Report of the Indian Hemp Drugs Commission, 1894-1895 - Volume VII
Year: 1894
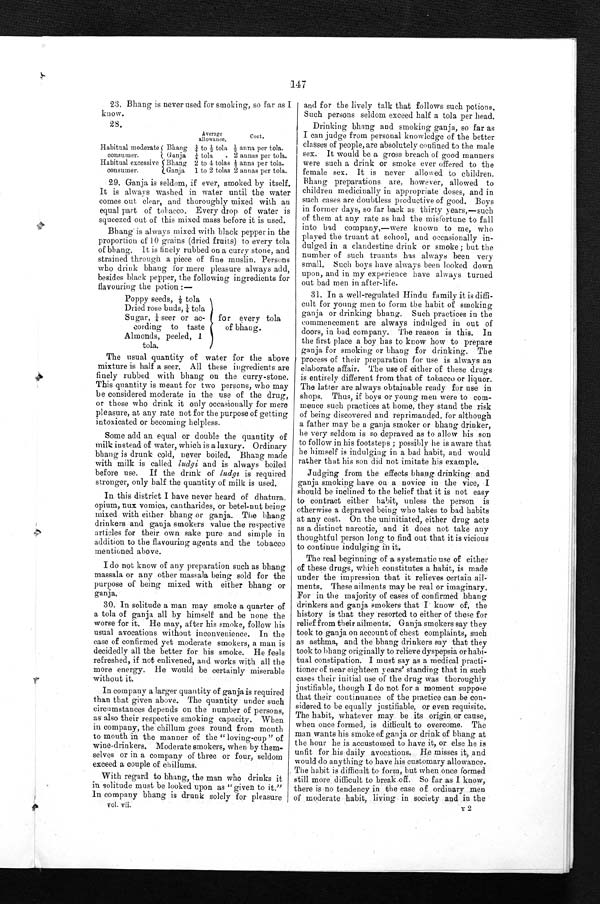
147
23. Bhang is never used for smoking, so far as I
know.
28.
Habitual moderate
consumer.
Bhang
Average
allowance.
¼ to ½ tola
Cost.
½ anna per tola..
Ganja ¼ tola. 2 annas per tola.
Habitual excessive
consumer.
Bhang 2 to 4 tolas ½ anna per tola.
Ganja 1 to 2 tolas 2 annas per tola.
29. Ganja is seldom, if ever, smoked by itself.
It is always washed in water until the water
comes out clear, and thoroughly mixed with an
equal part of tobacco. Every drop of water is
squeezed out of this mixed mass before it is used.
Bhang is always mixed with black pepper in the
proportion of 10 grains (dried fruits) to every tola
of bhang. It is finely rubbed on a curry stone, and
strained through a piece of fine muslin. Persons
who drink bhang for mere pleasure always add,
besides black pepper, the following ingredients for
flavouring the potion :—
Poppy seeds, ½t ol a
Dried rose buds, ¼t o
l a S u g a r , ¼ s e e r o r a c -
cording to taste
Almonds, peeled, I
tola.
for every to
la of bhang.
The usual quantity of water for the above
mixture is half a seer. All these ingredients are
finely rubbed with bhang on the curry-stone.
This quantity is meant for two persons, who may
be considered moderate in the use of the drug,
or those who drink it only occasionally for mere
pleasure, at any rate not for the purpose of getting
intoxicated or becoming helpless.
Some add an equal or double the quantity of
milk instead of water, which is a luxury. Ordinary
bhang is drunk cold, never boiled. Bhang made
with milk is called ludgi and is always boiled
before use. If the drink of ludgi is required
stronger, only half the quantity of milk is used.
In this district I have never heard of dhatura,
opium, nux vomica, cantharides, or betel-nut being
mixed with either bhang or ganja. The bhang
drinkers and ganja smokers value the respective
articles for their own sake pure and simple in
addition to the flavou
r i n g a g e n t s a n d t h e t o b a c c o m e n t i o n e d a b o v e .
I do not know of any preparation such as bhang
massala or any other massala being sold for the
purpose of being mixed with either bhang or
ganja.
30. In solitude a man may smoke a quarter of
a tola of ganja all by himself and be none the
worse for it. He may, after his smoke, follow his
usual avocations without inconvenience. In the
case of confirmed yet moderate smokers, a man is
decidedly all the better for his smoke. He feels
refreshed, if not enlivened, and works with all the
more energy. He would be certainly miserable
without it.
In company a larger quantity of ganja is required
than that given above. The quantity under such
circumstances depends on the number of persons,
as also their respective smoking capacity. When
in company, the chillum goes round from mouth
to mouth in the manner of the " loving-cup " of
wine drinkers. Moderate smokers, when by them-
selves or in a company of three or four, seldom
exceed a couple of chillums.
With regard to bhang, the man who drinks it
in solitude must be looked upon as "given to it."
In company bhang is drunk solely for pleasure
vol. vii.
and for the lively talk that follows such potions.
Such persons seldom exceed half a tola per head.
Drinking bhang and smoking ganja, so far as
I can judge from personal knowledge of the better
classes of people, are absolutely confined to the male
sex. It would be a gross breach of good manners
were such a drink or smoke ever offered to the
female sex. It is never allowed to children.
Bhang preparations are, however, allowed to
children medicinally in appropriate doses, and in
such cases are doubtless productive of good. Boys
in former days, so far back as thirty years,—such
of them at any rate as had the misfortune to fall
into bad company,—were known to me, who
played the truant at school, and occasionally in-
dulged in a clandestine drink or smoke ; but the
number of such truants has always been very
small. Such boys have always been looked down
upon, and in my experience have always turned
out bad men in after-life.
31. In a well-regulated Hindu family it is diffi-
cult for young men to form the habit of smoking
ganja or drinking bhang. Such practices in the
commencement are always indulged in out of
doors, in bad company. The reason is this. In
the first place a boy has to know how to prepare
ganja for smoking or bhang for drinking. The
process of their preparation for use is always an
elaborate affair. The use of either of these drugs
is entirely different from that of tobacco or liquor.
The latter are always obtainable ready for use in
shops. Thus, if boys or young men were to com-
mence such practices at home, they stand the risk
of being discovered and reprimanded, for although
a father may be a ganja smoker or bhang drinker,
he very seldom is so depraved as to allow his son
to follow in his footsteps ; possibly he is aware that
he himself is indulging in a bad habit, and would
rather that his son did not imitate his example.
Judging from the effects bhang drinking and
ganja smoking have on a novice in the vice, I
should be inclined to the belief that it is not easy
to contract either habit, unless the person is
otherwise a depraved being who takes to bad habits
at any cost. On the uninitiated, either drug acts
as a distinct narcotic, and it does not take any
thoughtful person long to find out that it is vicious to continue indulging in it.
The real beginning of a systematic use of either
of these drugs, which constitutes a habit, is made
under the impression that it relieves certain ail-
ments. These ailments may be real or imaginary.
For in the majority of cases of confirmed bhang
drinkers and ganja smokers that I know of, the
history is that they resorted to either of these for
relief from their ailments. Ganja smokers say they
took to ganja on account of chest complaints, such
as asthma, and the bhang drinkers say that they
took to bhang originally to relieve dyspepsia or habi-
tual constipation. I must say as a medical practi-
tioner of near eighteen years' standing that in such
cases their initial use of the drug was thoroughly
justifiable, though I do not for a moment suppose
that their continuance of the practice can be con-
sidered to be equally justifiable, or even requisite.
The habit, whatever may be its origin or cause,
when once formed, is difficult to overcome. The
man wants his smoke of ganja or drink of bhang
a t t h e h o u r h e i s a c c u s t o m e d t o h a v e i t , o r e l s e h e i s
unfit for his daily avocations. He misses it, and
would do anything to have his customary allowance.
The habit is difficult to form, but when once formed
still more difficult to break off. So far as I know,
there is no tendency in the case of ordinary men
of moderate habit, living in society and in the
Y 2